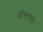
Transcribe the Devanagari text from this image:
वोल्टवाले